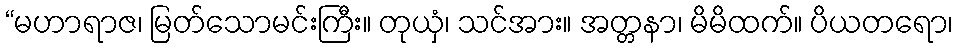
“မဟာရာဇ၊ မြတ်သောမင်းကြီး။ တုယှံ၊ သင်အား။ အတ္တနာ၊ မိမိထက်။ ပိယတရော၊